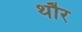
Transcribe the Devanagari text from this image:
थौर